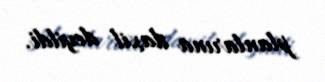
planlarına daxil deyildi.